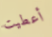
أعطيت